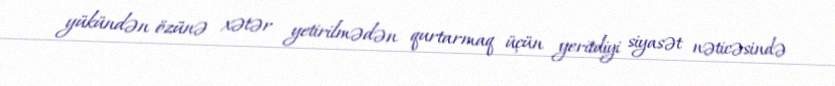
yükündən özünə xətər yetirilmədən qurtarmaq üçün yeritdiyi siyasət nəticəsində